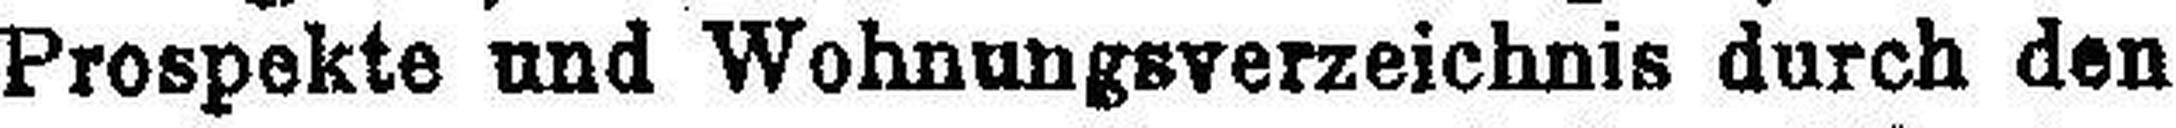
Prospekte und Wohnungsverzeichnis durch den